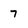
Character: 7